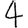
Digit: 4